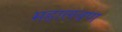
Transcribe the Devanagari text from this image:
महालवण